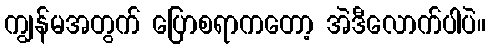
ကျွန်မအတွက် ပြောစရာကတော့ အဲဒီလောက်ပါပဲ။